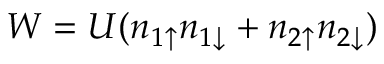
W = U ( n _ { 1 \uparrow } n _ { 1 \downarrow } + n _ { 2 \uparrow } n _ { 2 \downarrow } )